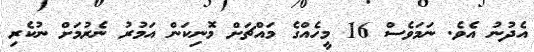
އެދުނު އެވެ. ނަމަވެސް 16 މީހެއްގެ މައްޗަށް މޮނިކަން އަމުރު ނެރުމަށް ނުކެރި